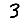
Digit: 3